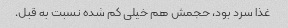
غذا سرد بود، حجمش هم خیلی کم شده نسبت به قبل.